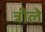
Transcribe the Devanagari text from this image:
त्रीले